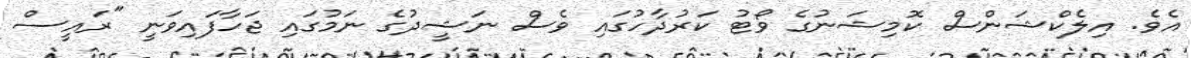
އެވެ. އިލެކްޝަންސް ކޮމިޝަނުގެ ވޯޓު ކަރުދާހުގައި ވެސް ނަޝީދުގެ ނަމުގައި ޖަހާފައިވަނީ "ރައީސް